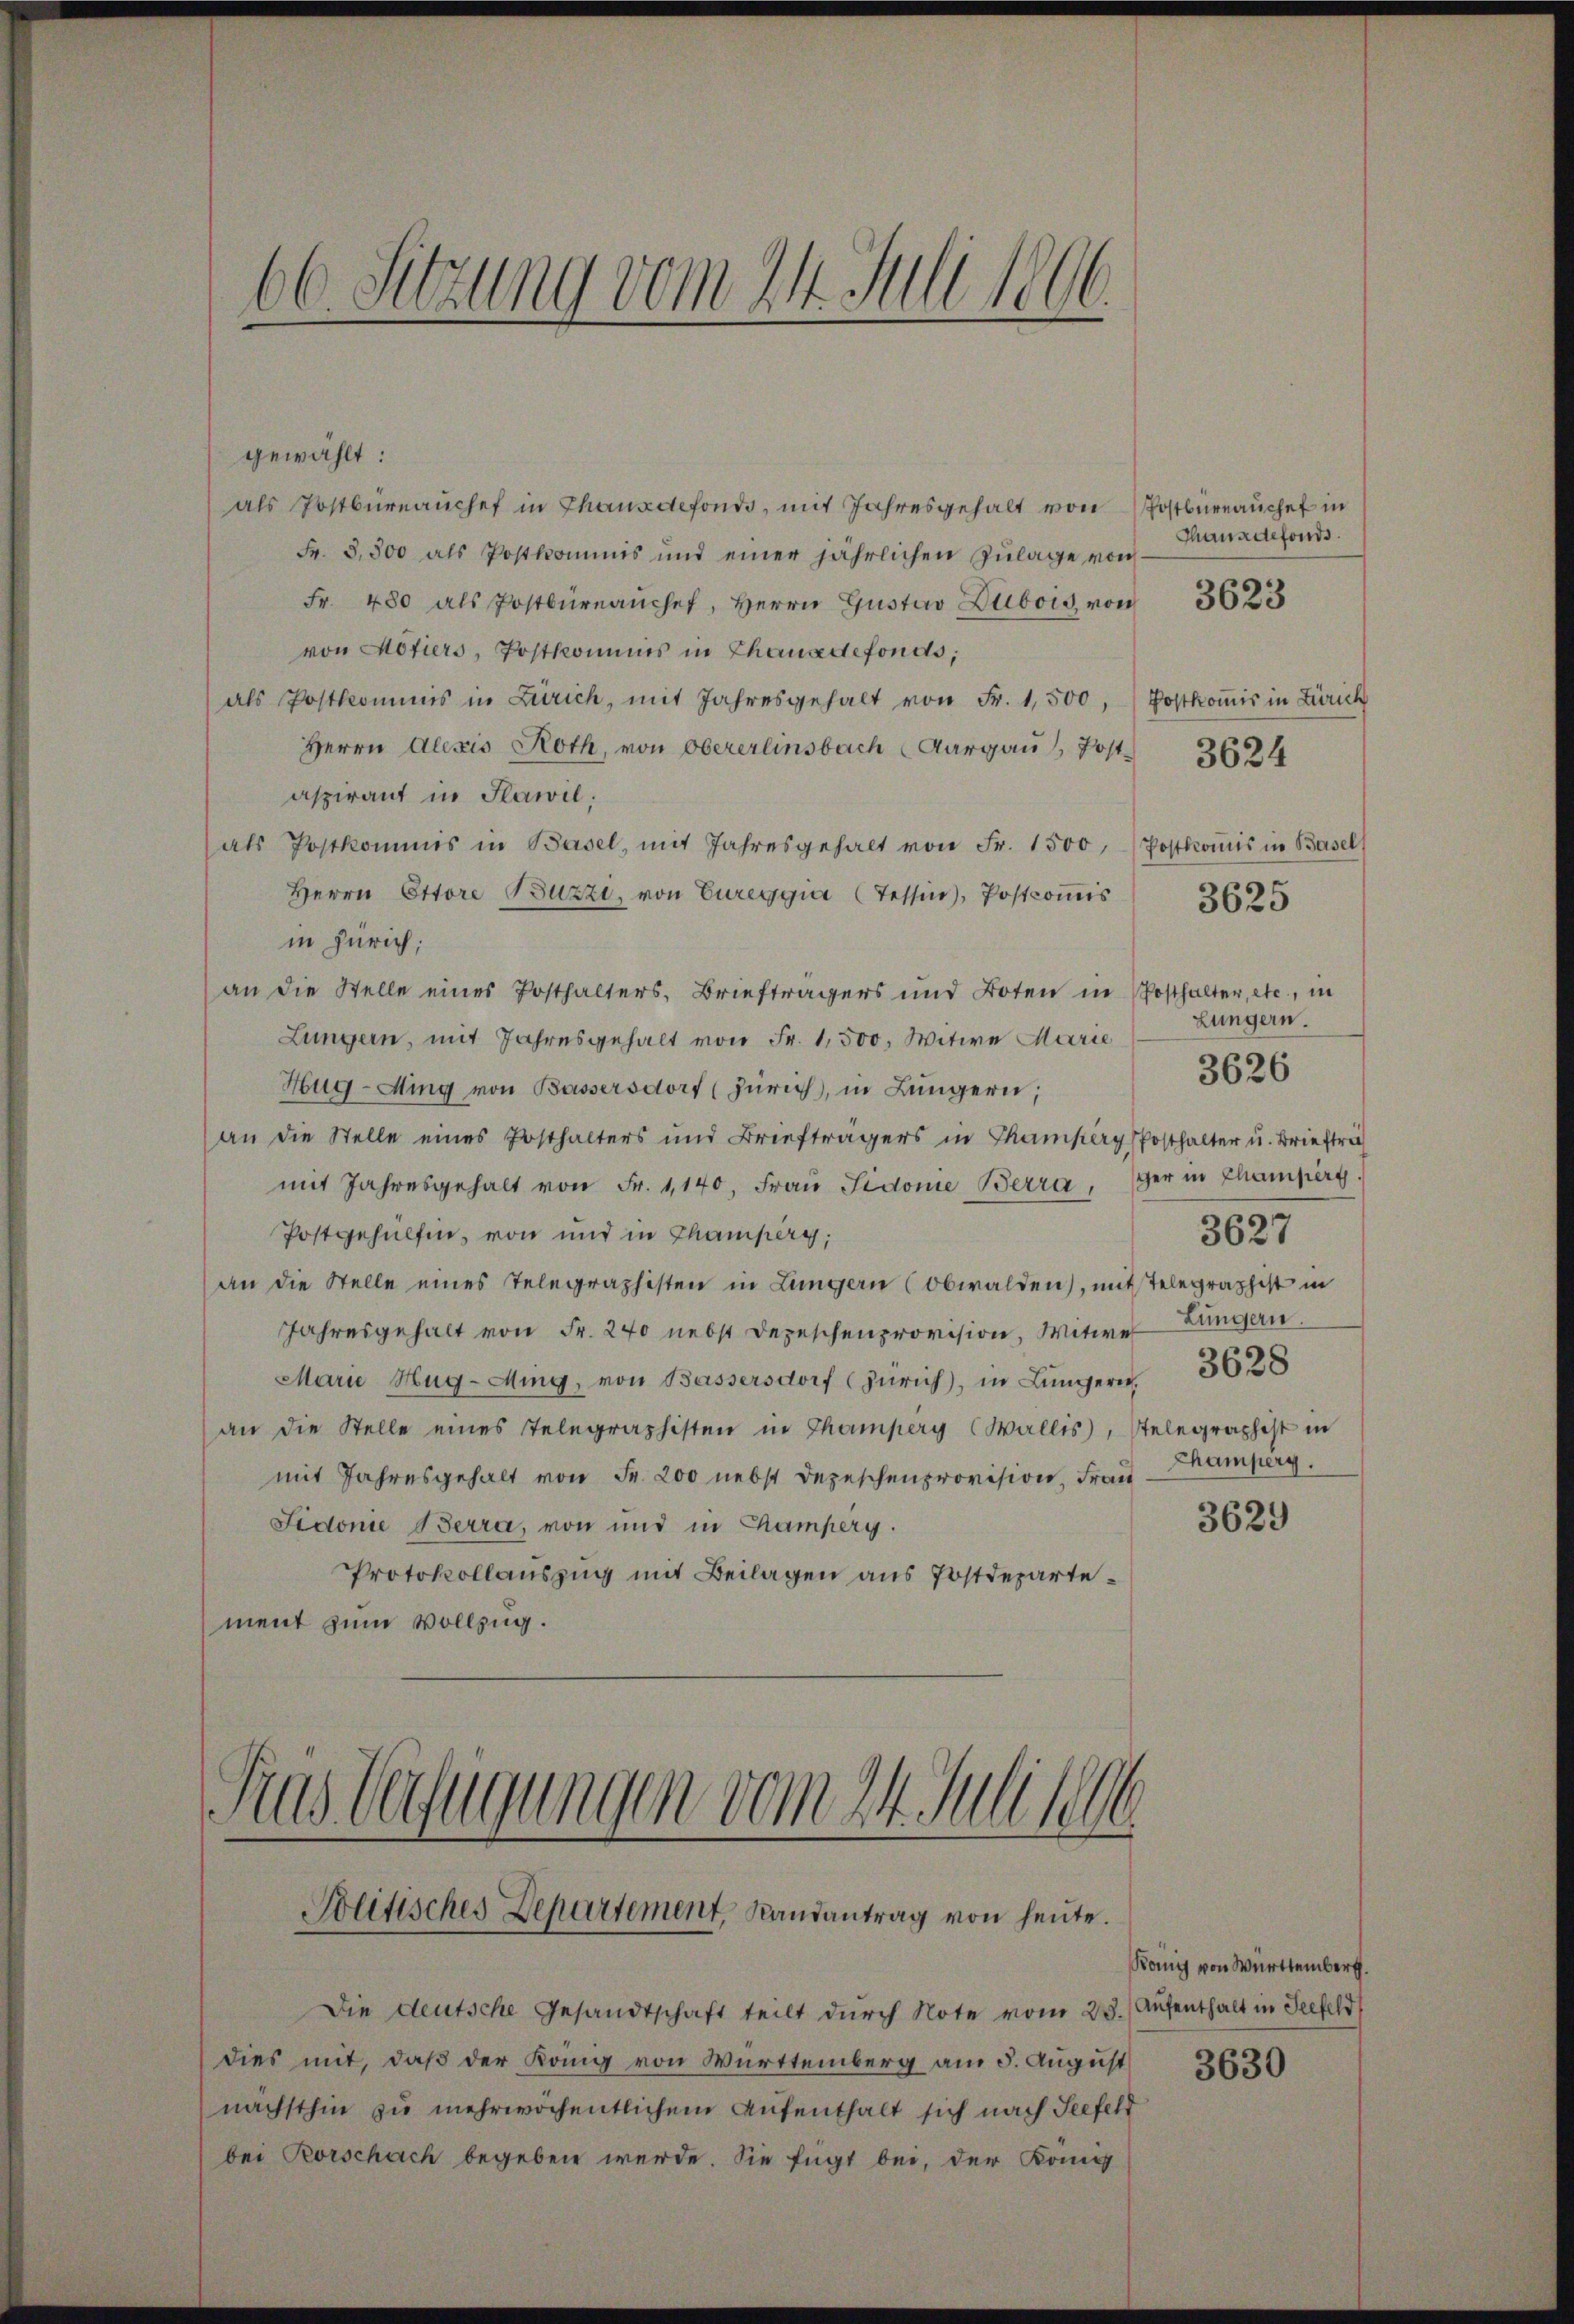
66. Sitzung vom 24. Juli 1806.

gewählt:
als Postbüreaŭchef in Thausdefondo, mit Jahresgehalt von Postbüreauche in
Fr. 3,500 als Postkommis und einer jährlichen Zulage von
Fr. 480 als Postbüreaŭchef, Herrn Gustav Dubois von 3623
von Motiers, Postkommis in Thause defonds;
als Postkommis in Zürich, mit Jahresgehalt von Fr. 1,500, (Postkoṁis in Zürich
Herrn Alexis Roth, von Obererlinsbach Aargau / Post 3624
aspirant in Pawil:
als Postkommis in Basel, mit Jahresgehalt von Fr. 1500,
Herrn Ottore Buzzi, von Eureggia (Tessin, Postcommis
in Zürich;
an die Stelle eines Posthalters, Briefträgers und Boten in Posthalter, etc., in
Lungern, mit Jahresgehalt von Fr. 1,500, Witwe Marie
Hug-Ming von Bassersdorf (Zürich, in Lungern;
an die Stelle eines Posthalters und Briefträgers in Thamperg Posthalter u. Briefträ
mit Jahresgehalt von Fr. 1,140, Fraŭ Sidonie Berrager in Champert.
Postgehülfen, von und in Champerg,
an die Stelle eines Telegraphisten in Lungern (Obwalden), mit Telegraphist in
Jahresgehalt von Fr. 240 nebst Depeschenprovision, Witwe Längern,
Marie Hug - Ming, von Bassersdorf (Zürich, in Lüner 3628
an die Stelle eines Telegraphisten in Thamperg (Wallis, Stelegraphist in
mit Jahresgehalt von Fr. 200 nebst Depeschenprovision, Frau Champerg.
Sidonie Berra, von und in Camperg.
Protokollauszug mit Beilagen aus Postdepartement zum Vollzug.

ras Verfügungen vom 24. Juli sel
Politisches Departement, Randantrag von heute.

Die deutsche Gesandtschaft teilt durch Note vom 23. Aufenthalt in Seefeld
dies mit, daß der König von Württemberg am 5. August 8639
nächsthin zu mehrwöchentlichem Aufenthalt sich nach Seefeld
bei Rorschach begeben werde. Sie fügt bei, der Komis

Thausdefonds.

Postkommis in Basel
Lungern.
3627
3629

3625

3626

Köng von Württemberg.